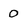
Character: 0